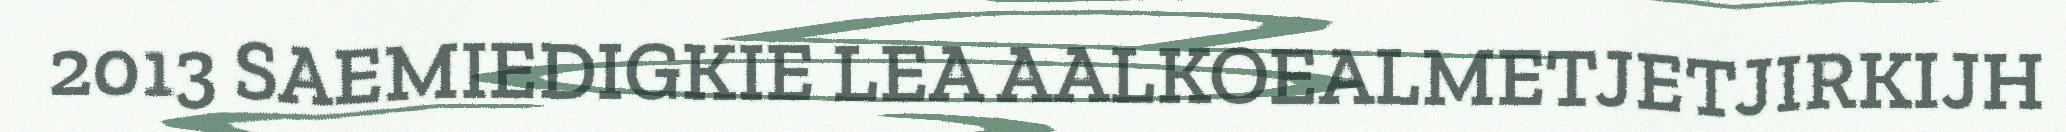
2013 SAEMIEDIGKIE LEA AALKOEALMETJETJIRKIJH